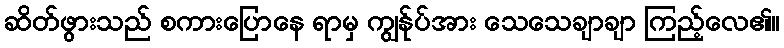
ဆိတ်ဖွားသည် စကားပြောနေ ရာမှ ကျွန်ုပ်အား သေသေချာချာ ကြည့်လေ၏။